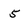
Character: 5